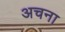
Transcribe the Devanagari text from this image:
अचना